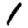
Digit: 1